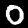
Label: 0